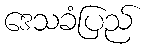
ဒေသခံပြည်